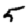
Digit: 5